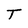
Character: T